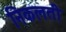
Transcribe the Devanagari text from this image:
निकलती